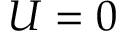
U = 0